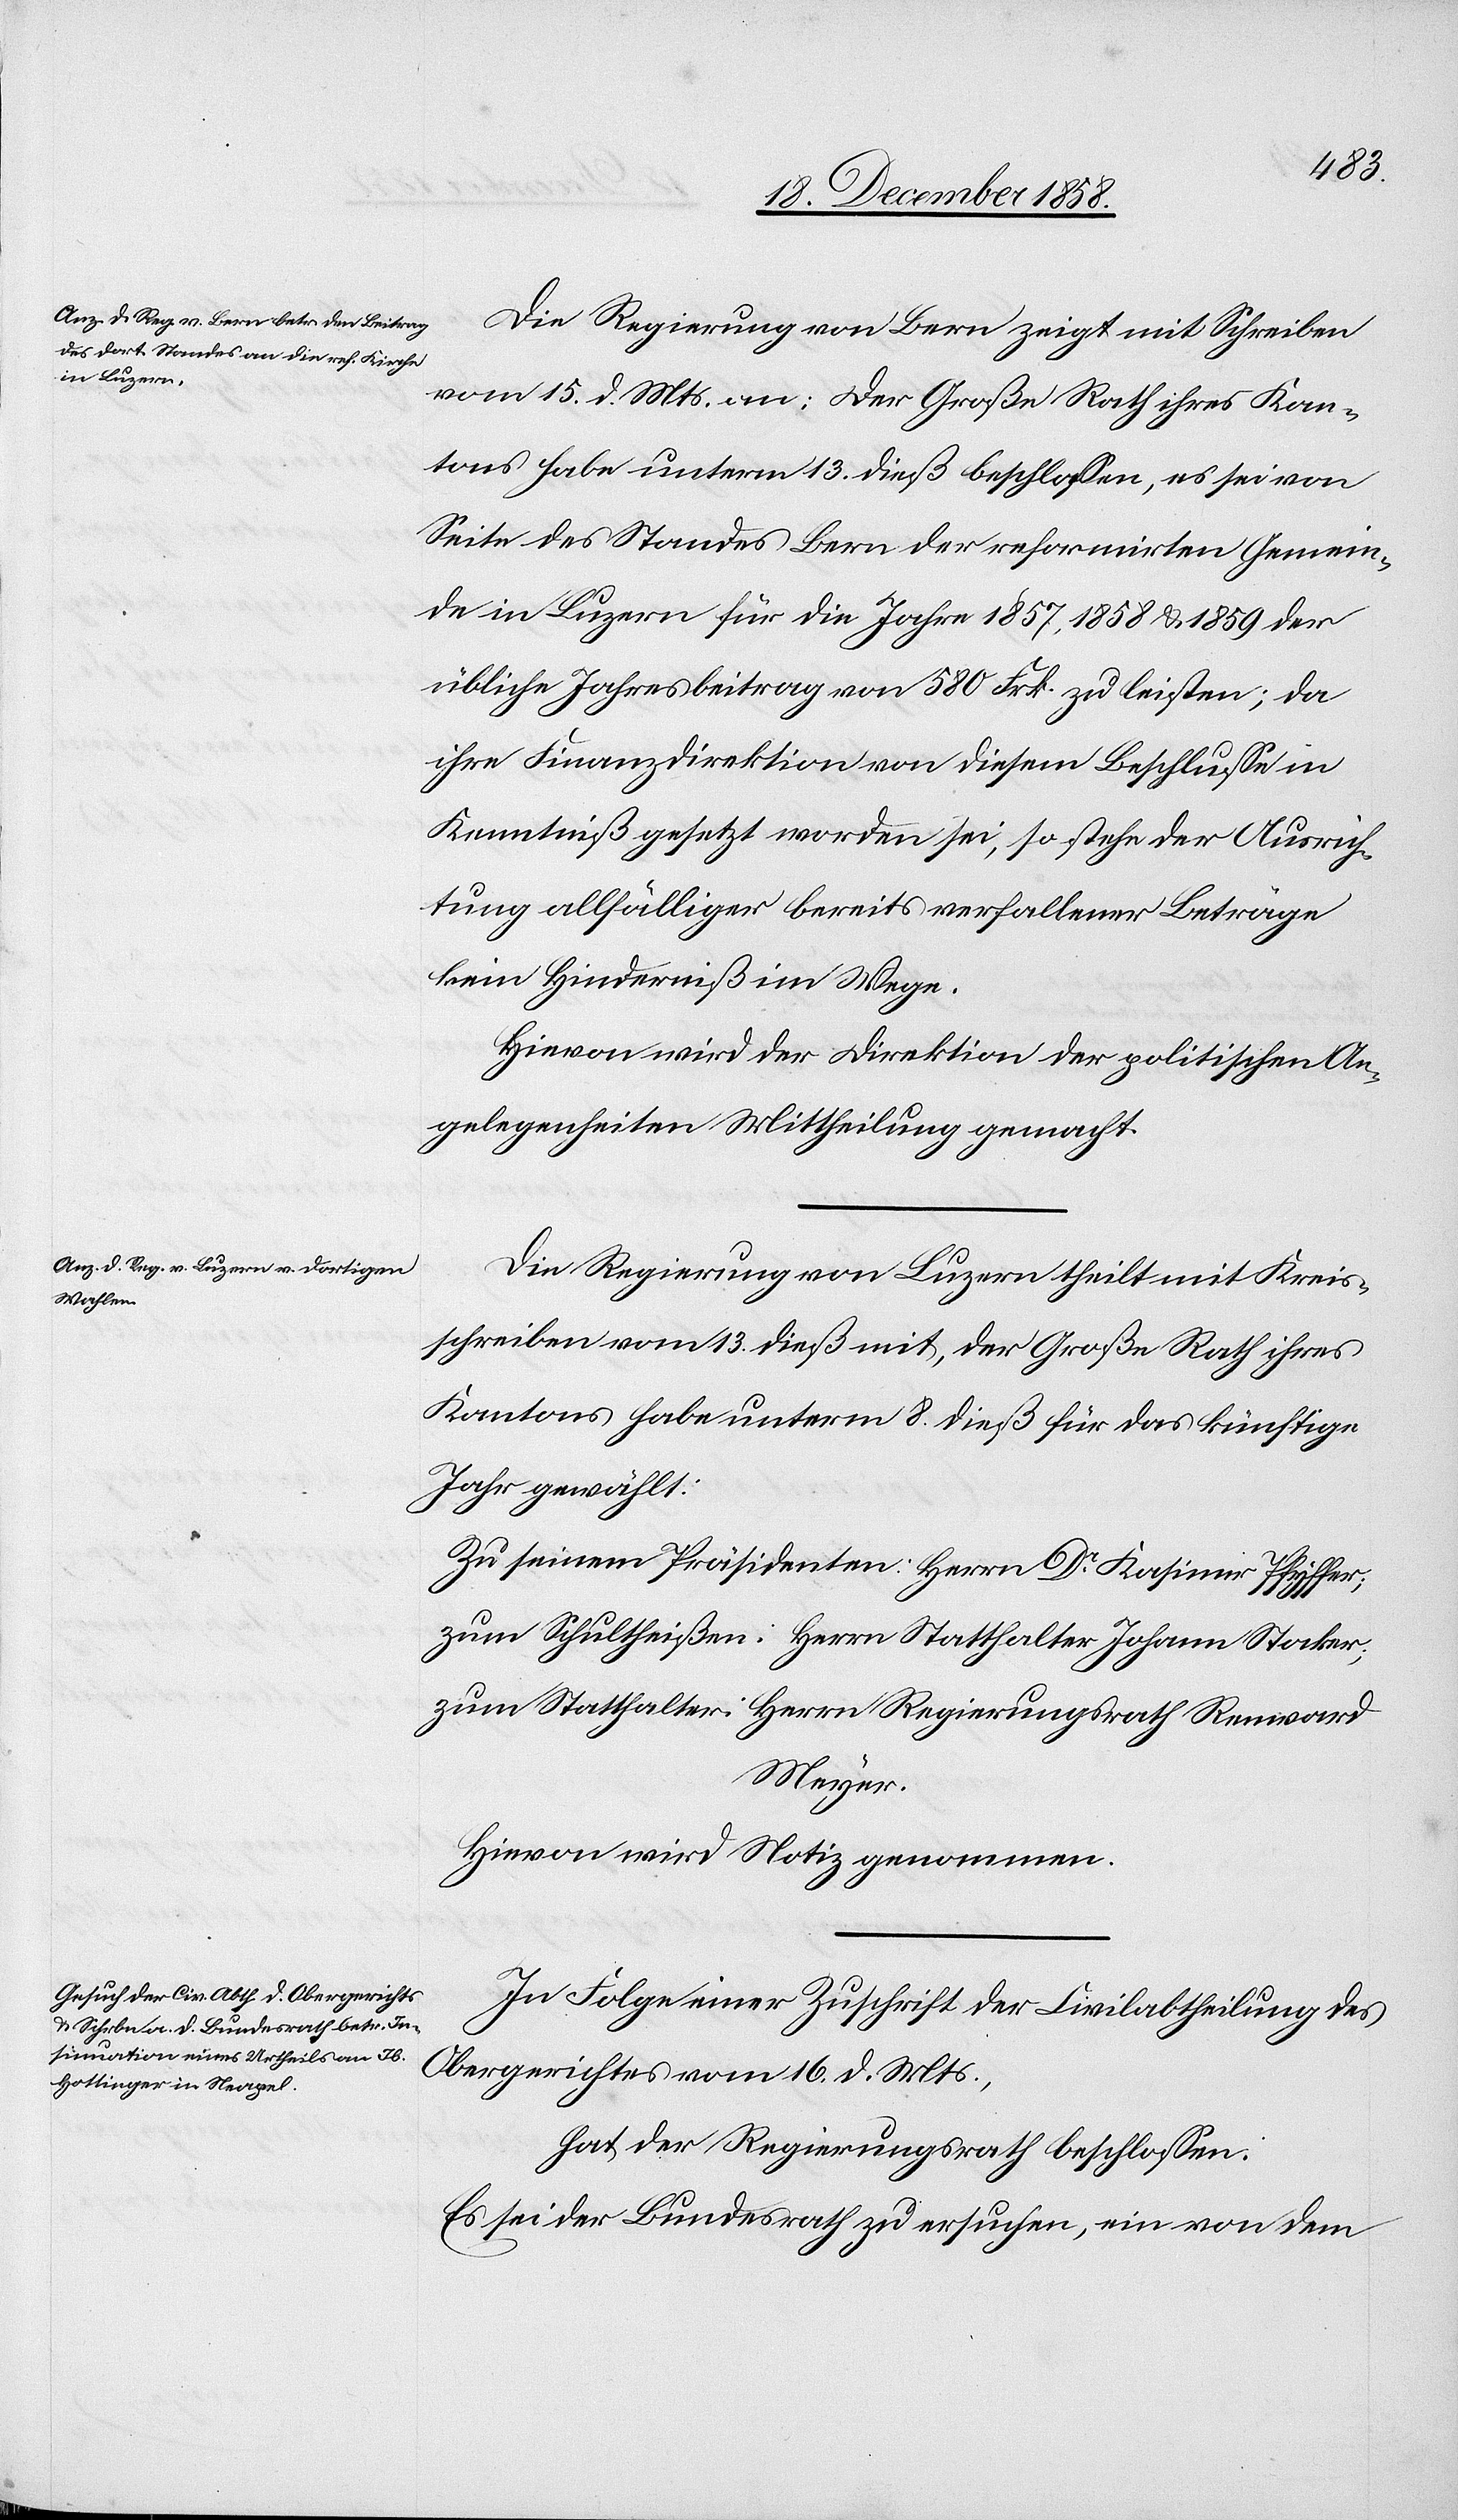
Die Regierung von Bern zeigt mit Schreiben
vom 15. d. Mts. an: Der Große Rath ihres Kan¬
tons habe unterm 13. dieß beschlossen, es sei von
Seite des Standes Bern der reformirten Gemein¬
de in Luzern für die Jahre 1857, 1858 & 1859 der
übliche Jahresbeitrag von 580 Frk. zu leisten; da
ihre Finanzdirektion von diesem Beschlusse in
Kenntniß gesetzt worden sei, so stehe der Ausrich¬
tung allfälliger bereits verfallener Beträge
kein Hinderniß im Wege.
Hievon wird der Direktion der politischen An¬
gelegenheiten Mittheilung gemacht.
Die Regierung von Luzern theilt mit Kreis¬
schreiben vom 13. dieß mit, der Große Rath ihres
Kantons habe unterm 8. dieß für das künftige
Jahr gewählt:
Zu seinem Präsidenten: Herrn Dr Kasimir Pfyffer;
zum Schultheißen: Herrn Statthalter Johann Stocker;
zum Statthalter: Herrn Regierungsrath Renward
Meyer.
Hievon wird Notiz genommen.
In Folge einer Zuschrift der Civilabtheilung des
Obergerichtes vom 16. d. Mts.,
hat der Regierungsrath beschlossen:
Es sei der Bundesrath zu ersuchen, ein von dem